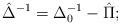
\begin{align*}\hat{\Delta}^{-1} = \Delta_0^{-1} - \hat{\Pi};\end{align*}